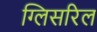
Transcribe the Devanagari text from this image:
ग्लिसरिल